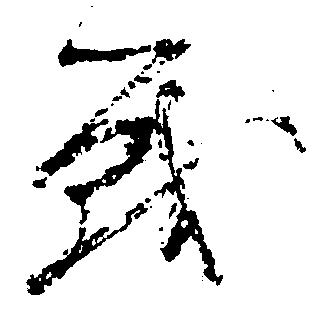
戦